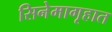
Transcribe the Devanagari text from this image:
सिनेमागृहात